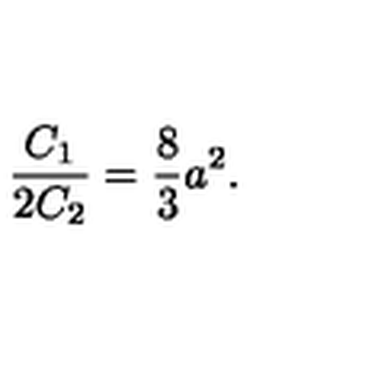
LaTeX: \frac { C _ { 1 } } { 2 C _ { 2 } } = \frac { 8 } { 3 } a ^ { 2 } .